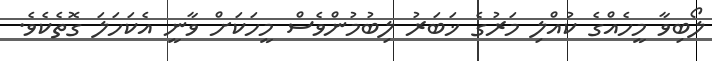
ލޯބިވާ މީހެއްގެ ކުއްލި މަރުގެ ޚަބަރު ލިބުމުންވެސް މީހަކަށް ވާނީ އެކަހަލަ ގޮތެކެވެ.